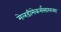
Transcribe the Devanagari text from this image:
मेलडीमेकर्ससारख्या